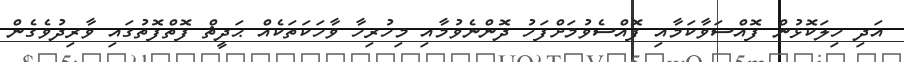
އަދި ހިލަކޮޅުން ފޮއްސަވާކަމާއި ފޮއްސެވުމަށްފަހު ދޮންނެވުމާއި މިހުރިހާ ވާހަކަތަކެއް ޙަދީޘް ފޮތްފޮތުގައި ވާރިދުވެގެން